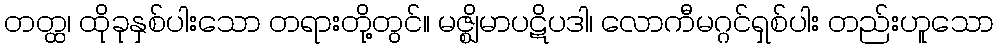
တတ္ထ၊ ထိုခုနှစ်ပါးသော တရားတို့တွင်။ မဇ္ဈိမာပဋိပဒါ၊ လောကီမဂ္ဂင်ရှစ်ပါး တည်းဟူသော